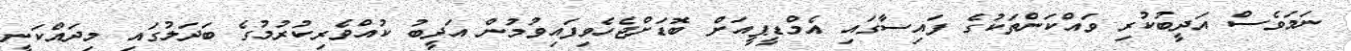
ނަމަވެސް އަދީބުކުރި ވައްކަންތަކުގެ ފައިސާގައި އެމްޑީޕީއަށް ބޮޑަށްޖެހެވިފައިވުމުން އަދީބު ކުއްވެރިކުރުމުގެ ބަދަލުގައި މިދައްކަނީ